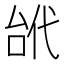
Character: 𠳙